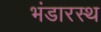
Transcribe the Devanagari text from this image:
भंडारस्थ